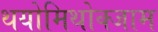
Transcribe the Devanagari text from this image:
थयोमिथोक्‍जाम